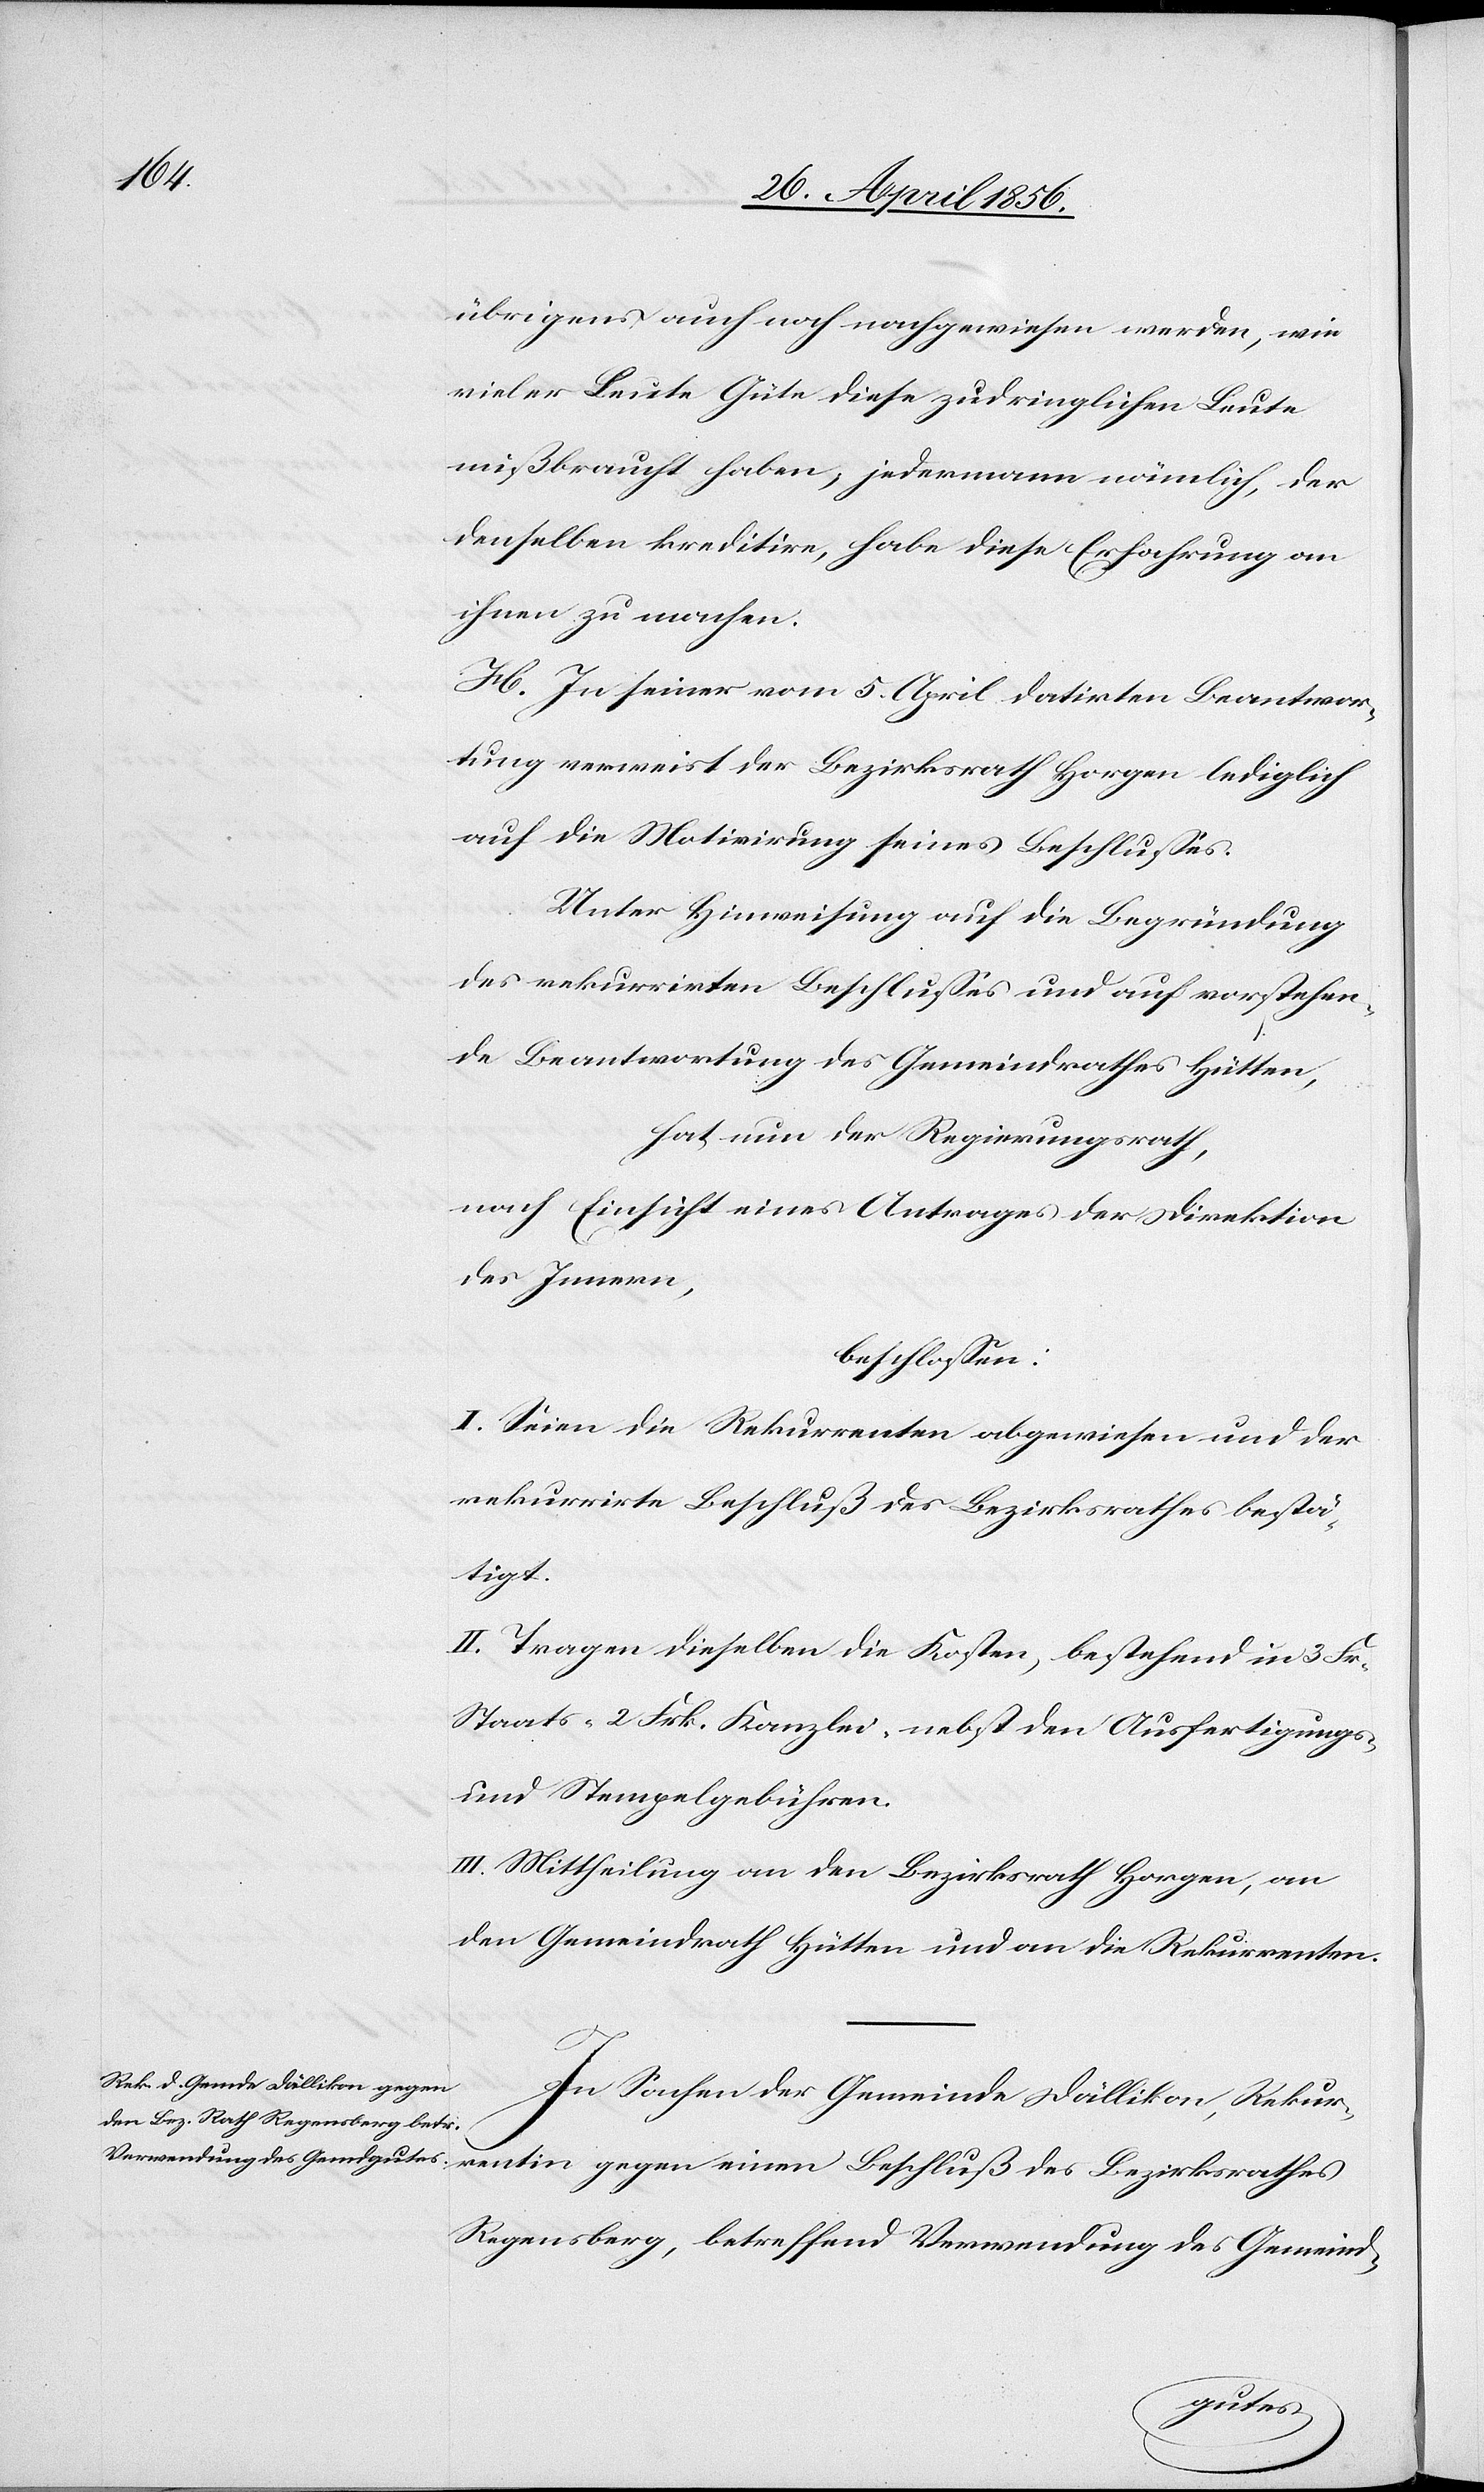
übrigens auch noch nachgewiesen werden, wie
vieler Leute Güte diese zudringlichen Leute
mißbraucht haben; jedermann nämlich, der
denselben kreditire, habe diese Erfahrung an
ihnen zu machen.
H. In seiner vom 5. April datirten Beantwor¬
tung verweist der Bezirksrath Horgen lediglich
auf die Motivirung seines Beschlusses.
Unter Hinweisung auf die Begründung
des rekurrirten Beschlusses und auf vorstehen¬
de Beantwortung des Gemeindrathes Hütten,
hat nun der Regierungsrath,
nach Einsicht eines Antrages der Direktion
des Innern,
beschlossen:
I. Seien die Rekurrenten abgewiesen und der
rekurrirte Beschluß des Bezirksrathes bestä¬
tigt.
II. Tragen dieselben die Kosten, bestehend in 3 Fr.
Staats- [,] 2 Frk. Kanzlei- nebst den Ausfertigungs-
und Stempelgebühren.
III. Mittheilung an den Bezirksrath Horgen, an
den Gemeindrath Hütten und an die Rekurrenten.
In Sachen der Gemeinde Dällikon, Rekur¬
rentin gegen einen Beschluß des Bezirksrathes
Regensberg, betreffend Verwendung des Gemeind-